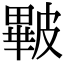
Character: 𥀕